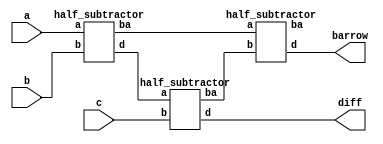
`timescale 1ns / 1ps
//////////////////////////////////////////////////////////////////////////////////
// Company: 
// Engineer: 
// 
// Design Name: 
// Module Name: fullsubtractor_hs
// Project Name: 
// Target Devices: 
// Tool Versions: 
// Description: 
// 
// Dependencies: 
// 
// Revision:
// Revision 0.01 - File Created
// Additional Comments:
// 
//////////////////////////////////////////////////////////////////////////////////


module fullsubtractor_hs(
    input a,b,c,
    output diff,barrow
    );
    wire w1,w2,w3,w4;
    half_subtractor h1(a,b,w1,w2);
    half_subtractor h2(w1,c,diff,w3);
    half_subtractor h3(w2,w3,barrow,w4);
    
endmodule

module half_subtractor(
    input a,b,
    output d,ba
    );
    xor a1(d,a,b);
    and a2(ba,~a,b);
endmodule